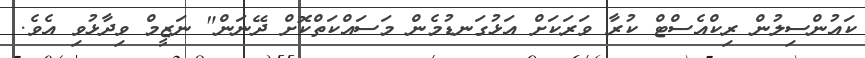
ކައުންސިލުން ރިކްއެސްޓް ކުރާ ވަރަކަށް އަޅުގަނޑުމެން މަސައްކަތްކޮށް ދޭނަން" ނަޒީމް ވިދާޅުވި އެވެ.